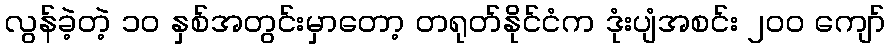
လွန်ခဲ့တဲ့ ၁၀ နှစ်အတွင်းမှာတော့ တရုတ်နိုင်ငံက ဒုံးပျံအစင်း ၂၀၀ ကျော်